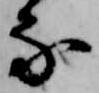
な